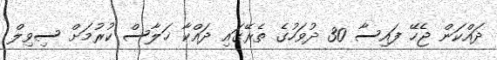
ދައްކަން ޖެހޭ ފައިސާ 30 ދުވަހުގެ ތެރޭގައި ދައްކާ ޚަލާސް ކުރުމަށް ސިވިލް